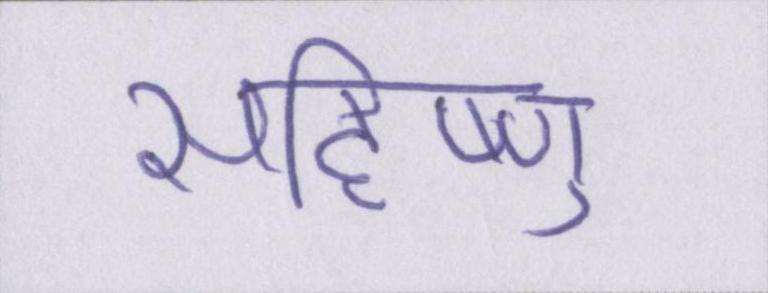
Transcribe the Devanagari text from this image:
सहिष्णु